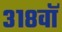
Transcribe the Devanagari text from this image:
३१८वॉ